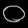
Digit: ၀